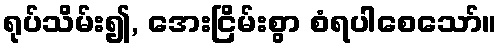
ရုပ်သိမ်း၍, အေးငြိမ်းစွာ စံရပါစေသော်။